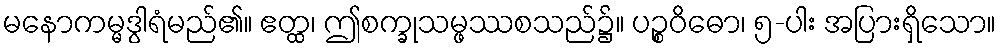
မနောကမ္မဒွါရံမည်၏။ ဧတ္ထ၊ ဤစက္ခုသမ္ဖဿစသည်၌။ ပဉ္စဝိဓော၊ ၅-ပါး အပြားရှိသော။